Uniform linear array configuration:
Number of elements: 12
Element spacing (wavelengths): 0.5
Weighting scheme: exponential
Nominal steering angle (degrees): -15
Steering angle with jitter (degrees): -16.196
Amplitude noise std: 0.05
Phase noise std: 0.05

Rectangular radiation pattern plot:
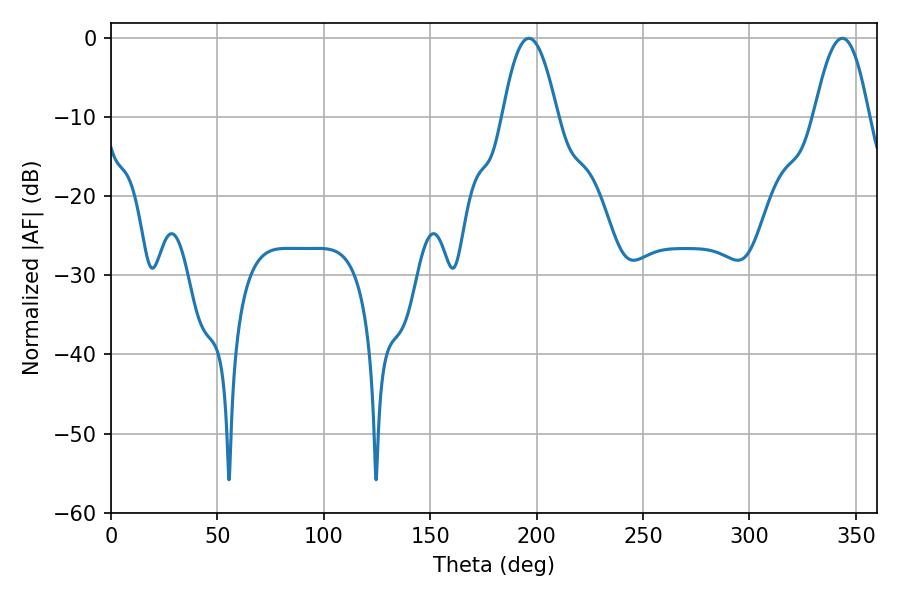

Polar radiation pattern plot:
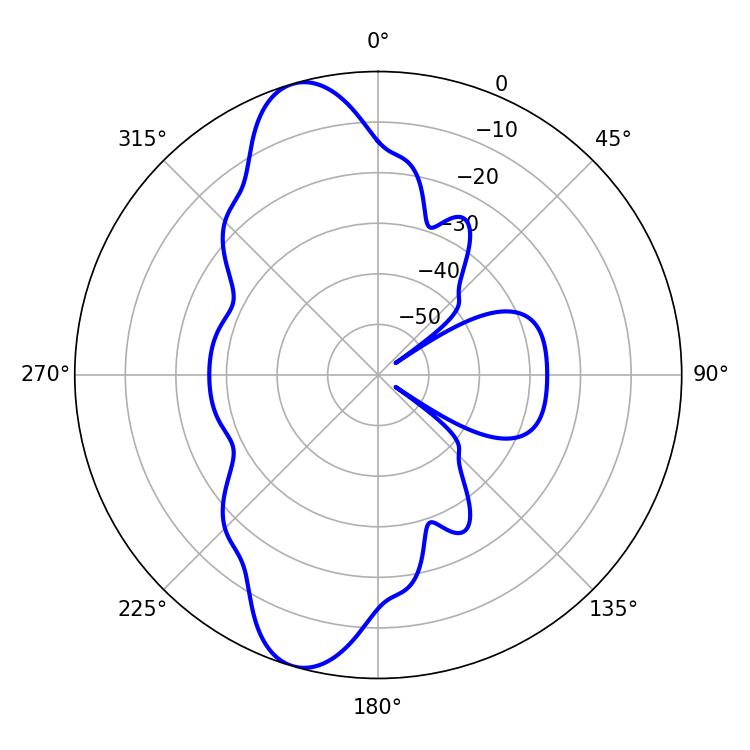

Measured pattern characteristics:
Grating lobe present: FALSE
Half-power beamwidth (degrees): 14.04
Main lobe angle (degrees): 196.38